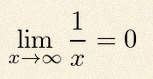
\lim_{x\to\infty}\frac{1}{x}=0